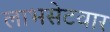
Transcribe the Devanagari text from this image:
लाभसेटवार